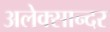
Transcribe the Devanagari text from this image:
अलेक्सान्दर